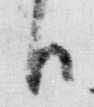
日